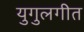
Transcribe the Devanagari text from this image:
युगुलगीत